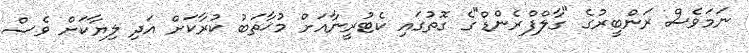
ނަމަވެސް ރަންބީރުގެ "ގާލްފްރެންޑް"ގެ ގޮތުގައި ކެޓުރީނާއަށް މުޚާތަބު ކުރާކަށް އަދި ލިޔާކަށް ވެސް